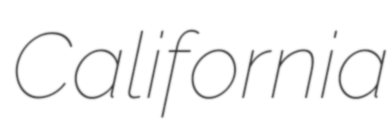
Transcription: California